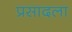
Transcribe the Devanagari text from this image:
प्रसादला